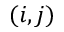
( i , j )